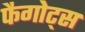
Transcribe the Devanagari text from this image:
फैगोट्स